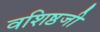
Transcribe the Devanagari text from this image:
वशिष्ठजी